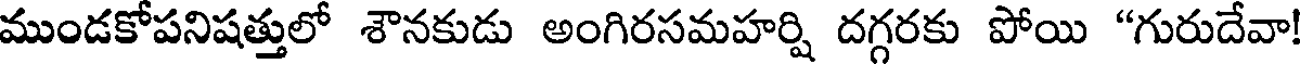
ముండకోపనిషత్తులో శౌనకుడు అంగిరసమహర్షి దగ్గరకు పోయి "గురుదేవా!